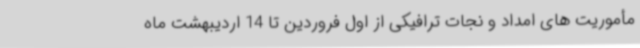
مأموریت های امداد و نجات ترافیکی از اول فروردین تا 14 اردیبهشت ماه